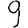
Digit: 9